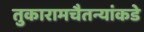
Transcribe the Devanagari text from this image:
तुकारामचैतन्यांकडे